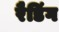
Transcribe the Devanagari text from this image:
रैडिंग